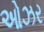
ઓઝર